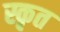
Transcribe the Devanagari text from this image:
स्कृत